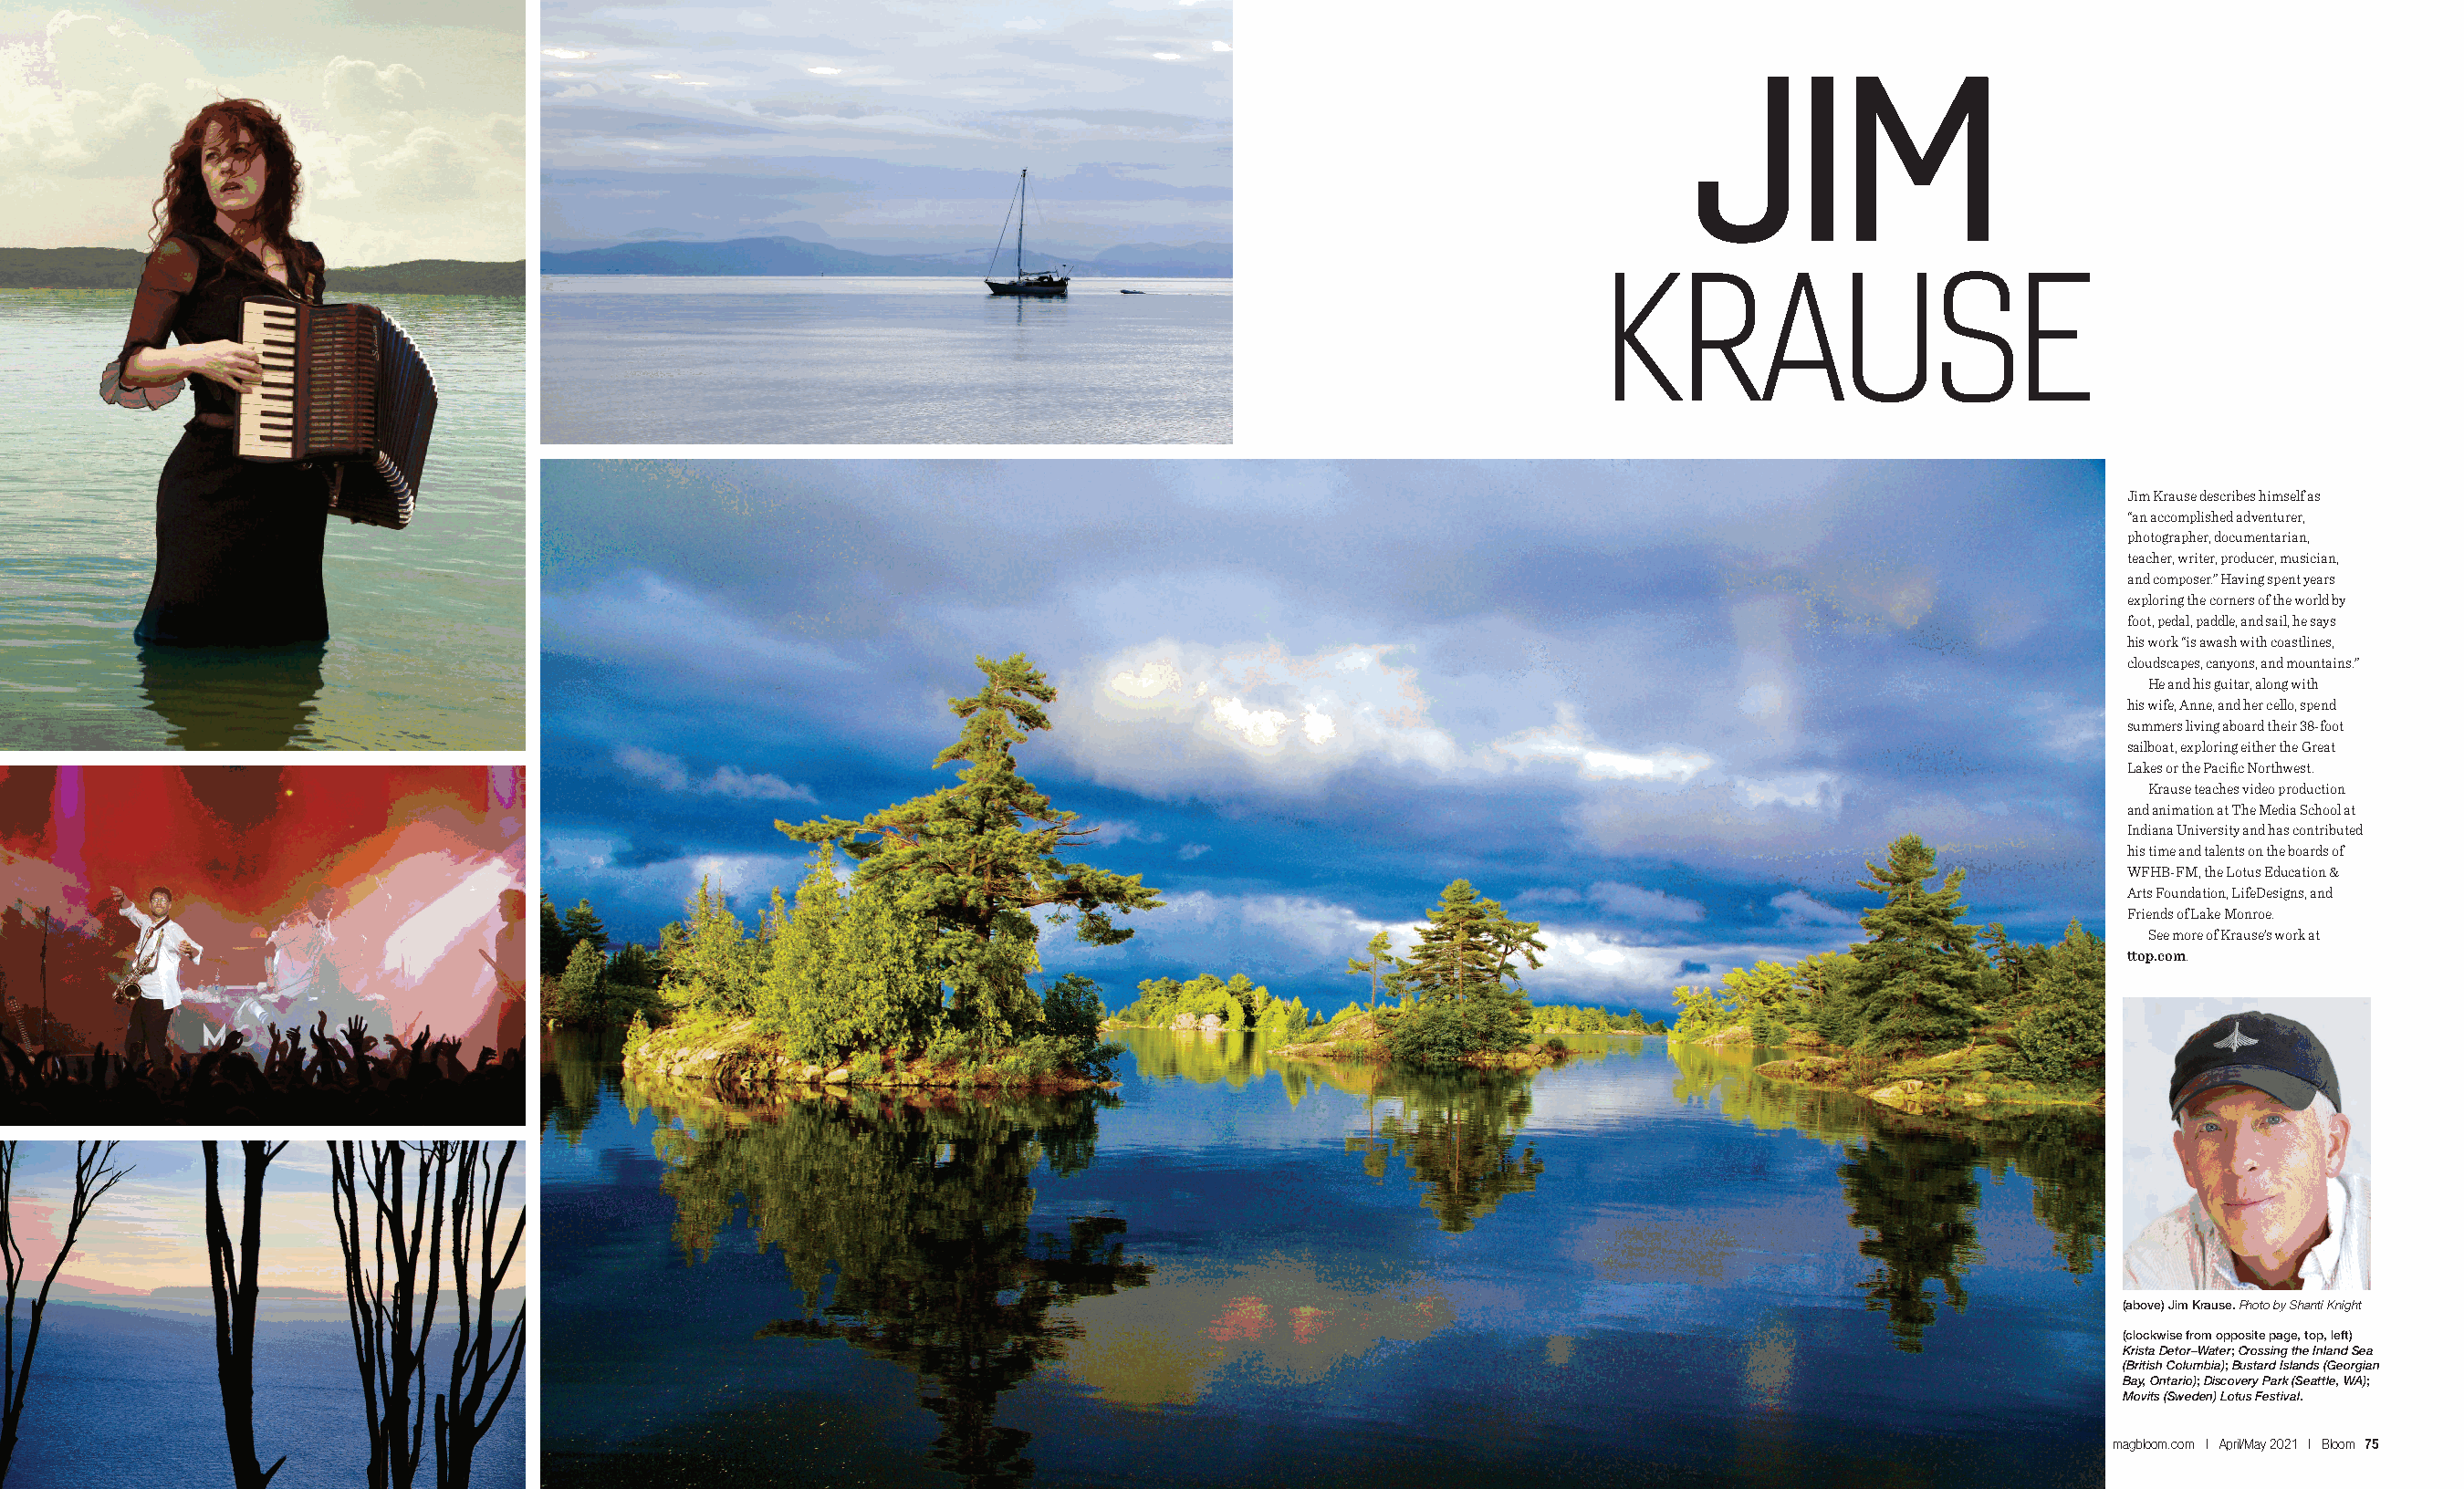
JIM
 KRAUSE
 Jim Krause describes himself as
 “an accomplished adventurer,
 photographer, documentarian,
 teacher, writer, producer, musician,
 and composer.” Having spent years
 exploring the corners of the world by
 foot, pedal, paddle, and sail, he says
 his work “is awash with coastlines,
 cloudscapes, canyons, and mountains.”
 He and his guitar, along with
 his wife, Anne, and her cello, spend
 summers living aboard their 38-foot
 sailboat, exploring either the Great
 Lakes or the Pacific Northwest.
 Krause teaches video production
 and animation at The Media School at
 Indiana University and has contributed
 his time and talents on the boards of
 WFHB-FM, the Lotus Education &
 Arts Foundation, LifeDesigns, and
 Friends of Lake Monroe.
 See more of Krause’s work at
 ttop.com.
 (above) Jim Krause. Photo by Shanti Knight
 (clockwise from opposite page, top, left)
 Krista Detor–Water; Crossing the Inland Sea
 (British Columbia); Bustard Islands (Georgian
 Bay, Ontario); Discovery Park (Seattle, WA);
 Movits (Sweden) Lotus Festival.
 74 Bloom | April/May 2021 | magbloom.com                                                                                                            magbloom.com | April/May 2021 | Bloom 75